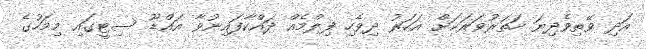
އަދި ވޭތިވެދިޔަ ހަތަރުވަރަކަށް އަހަރު ދިވެހި ފިލްމެއް ދައްކާފައިނުވާ އައްޑޫ ސިޓީގައި މިމަހުގެ